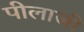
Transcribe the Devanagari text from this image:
पीलाजी